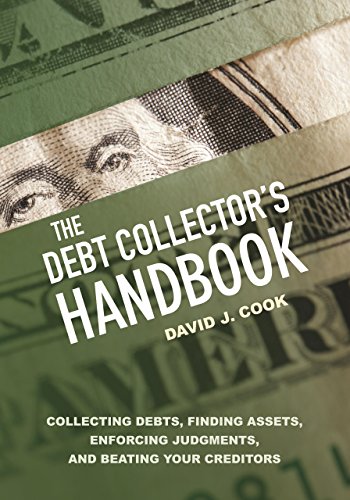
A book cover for The Debt Collector's Handbook: Collecting Debts, Finding Assets, Enforcing Judgments, and Beating Your Creditors; David J. Cook; Law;